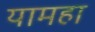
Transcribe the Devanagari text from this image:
यामहा